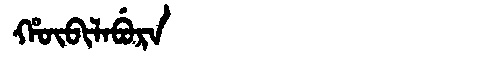
Manchu: ᡥᡡᠪᡳᠯᠠᠪᡠᡵᠠ
Romanization: HŪBILABURA